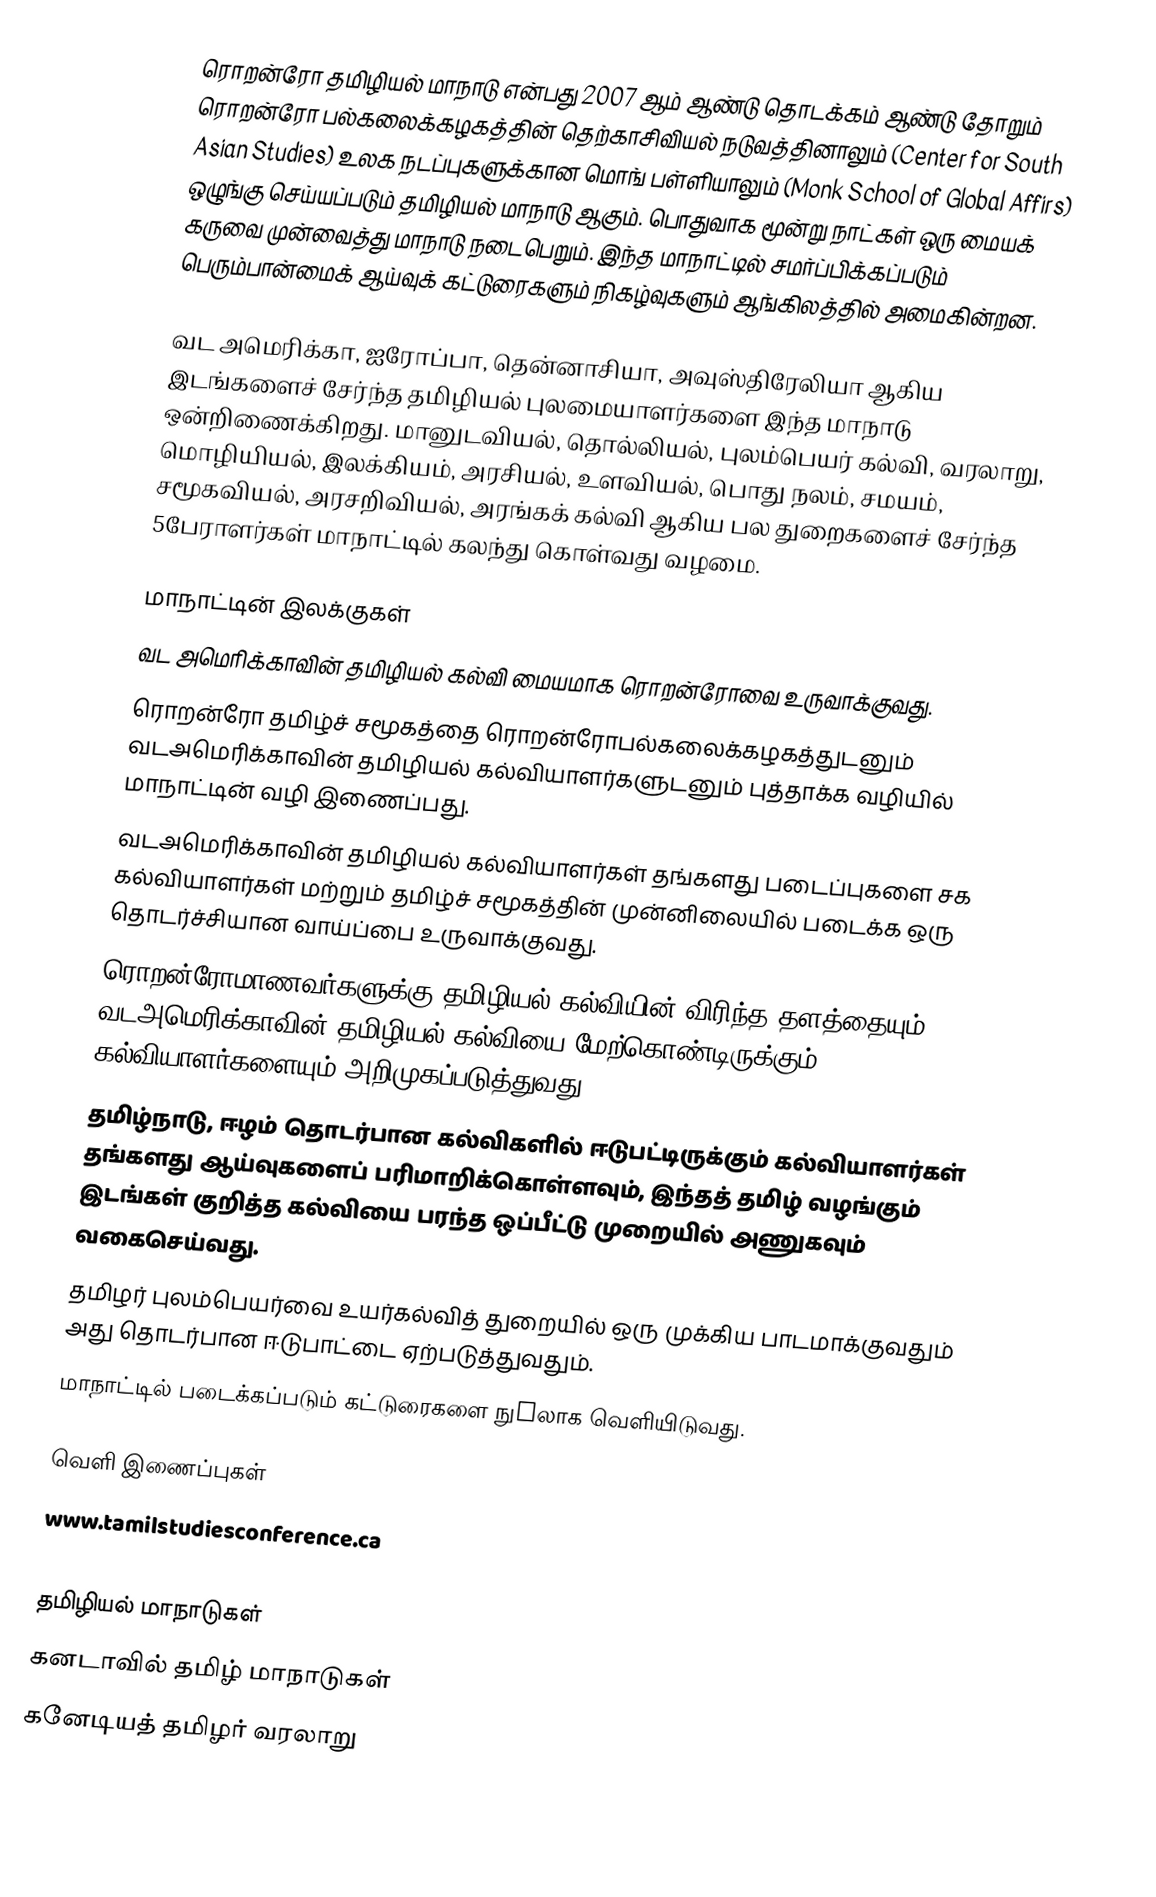
ரொறன்ரோ தமிழியல் மாநாடு என்பது 2007 ஆம் ஆண்டு தொடக்கம் ஆண்டு தோறும் ரொறன்ரோ பல்கலைக்கழகத்தின் தெற்காசிவியல் நடுவத்தினாலும் (Center for South Asian Studies) உலக நடப்புகளுக்கான மொங் பள்ளியாலும் (Monk School of Global Affirs) ஒழுங்கு செய்யப்படும் தமிழியல் மாநாடு ஆகும்.  பொதுவாக மூன்று நாட்கள் ஒரு மையக் கருவை முன்வைத்து மாநாடு நடைபெறும்.  இந்த மாநாட்டில் சமர்ப்பிக்கப்படும் பெரும்பான்மைக் ஆய்வுக் கட்டுரைகளும் நிகழ்வுகளும் ஆங்கிலத்தில் அமைகின்றன.

வட அமெரிக்கா, ஐரோப்பா, தென்னாசியா, அவுஸ்திரேலியா ஆகிய இடங்களைச் சேர்ந்த தமிழியல் புலமையாளர்களை இந்த மாநாடு ஒன்றிணைக்கிறது. மானுடவியல், தொல்லியல், புலம்பெயர் கல்வி, வரலாறு, மொழியியல், இலக்கியம், அரசியல், உளவியல், பொது நலம், சமயம், சமூகவியல், அரசறிவியல், அரங்கக் கல்வி ஆகிய பல துறைகளைச் சேர்ந்த 5பேராளர்கள் மாநாட்டில் கலந்து கொள்வது வழமை.

மாநாட்டின் இலக்குகள்
 வட அமெரிக்காவின் தமிழியல் கல்வி மையமாக ரொறன்ரோவை உருவாக்குவது.
 ரொறன்ரோ தமிழ்ச் சமூகத்தை ரொறன்ரோபல்கலைக்கழகத்துடனும் வடஅமெரிக்காவின் தமிழியல் கல்வியாளர்களுடனும் புத்தாக்க வழியில் மாநாட்டின் வழி இணைப்பது.
 வடஅமெரிக்காவின் தமிழியல் கல்வியாளர்கள் தங்களது படைப்புகளை சக கல்வியாளர்கள் மற்றும் தமிழ்ச் சமூகத்தின் முன்னிலையில் படைக்க ஒரு தொடர்ச்சியான வாய்ப்பை உருவாக்குவது.
  ரொறன்ரோமாணவர்களுக்கு தமிழியல் கல்வியின் விரிந்த தளத்தையும் வடஅமெரிக்காவின் தமிழியல் கல்வியை மேற்கொண்டிருக்கும் கல்வியாளர்களையும் அறிமுகப்படுத்துவது.
 தமிழ்நாடு, ஈழம் தொடர்பான கல்விகளில் ஈடுபட்டிருக்கும் கல்வியாளர்கள் தங்களது ஆய்வுகளைப் பரிமாறிக்கொள்ளவும், இந்தத் தமிழ் வழங்கும் இடங்கள் குறித்த கல்வியை பரந்த ஒப்பீட்டு முறையில் அணுகவும் வகைசெய்வது.
 தமிழர் புலம்பெயர்வை உயர்கல்வித் துறையில் ஒரு முக்கிய பாடமாக்குவதும் அது தொடர்பான ஈடுபாட்டை ஏற்படுத்துவதும்.
 மாநாட்டில் படைக்கப்படும் கட்டுரைகளை நுhலாக வெளியிடுவது.

வெளி இணைப்புகள்
 www.tamilstudiesconference.ca

தமிழியல் மாநாடுகள்
கனடாவில் தமிழ் மாநாடுகள்
கனேடியத் தமிழர் வரலாறு